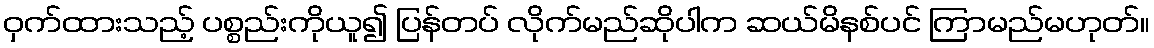
ဝှက်ထားသည့် ပစ္စည်းကိုယူ၍ ပြန်တပ် လိုက်မည်ဆိုပါက ဆယ်မိနစ်ပင် ကြာမည်မဟုတ်။